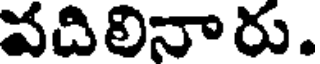
వదిలినారు.